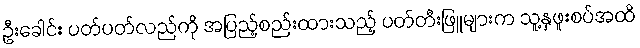
ဦးခေါင်း ပတ်ပတ်လည်ကို အပြည့်စည်းထားသည့် ပတ်တီးဖြူများက သူ့နှဖူးစပ်အထိ